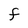
Character: F